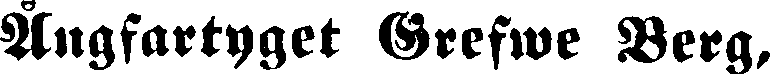
Ångfartyget Grefwe Berg,